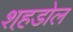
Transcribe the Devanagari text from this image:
शह़डोल